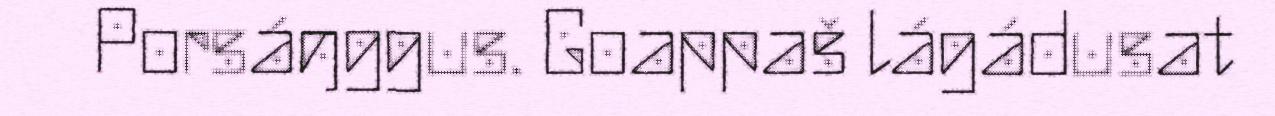
Porsáŋggus. Goappaš lágádusat